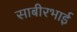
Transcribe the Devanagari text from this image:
साबीरभाई